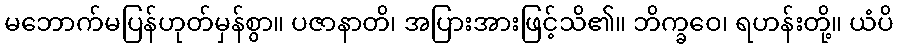
မဘောက်မပြန်ဟုတ်မှန်စွာ။ ပဇာနာတိ၊ အပြားအားဖြင့်သိ၏။ ဘိက္ခဝေ၊ ရဟန်းတို့။ ယံပိ